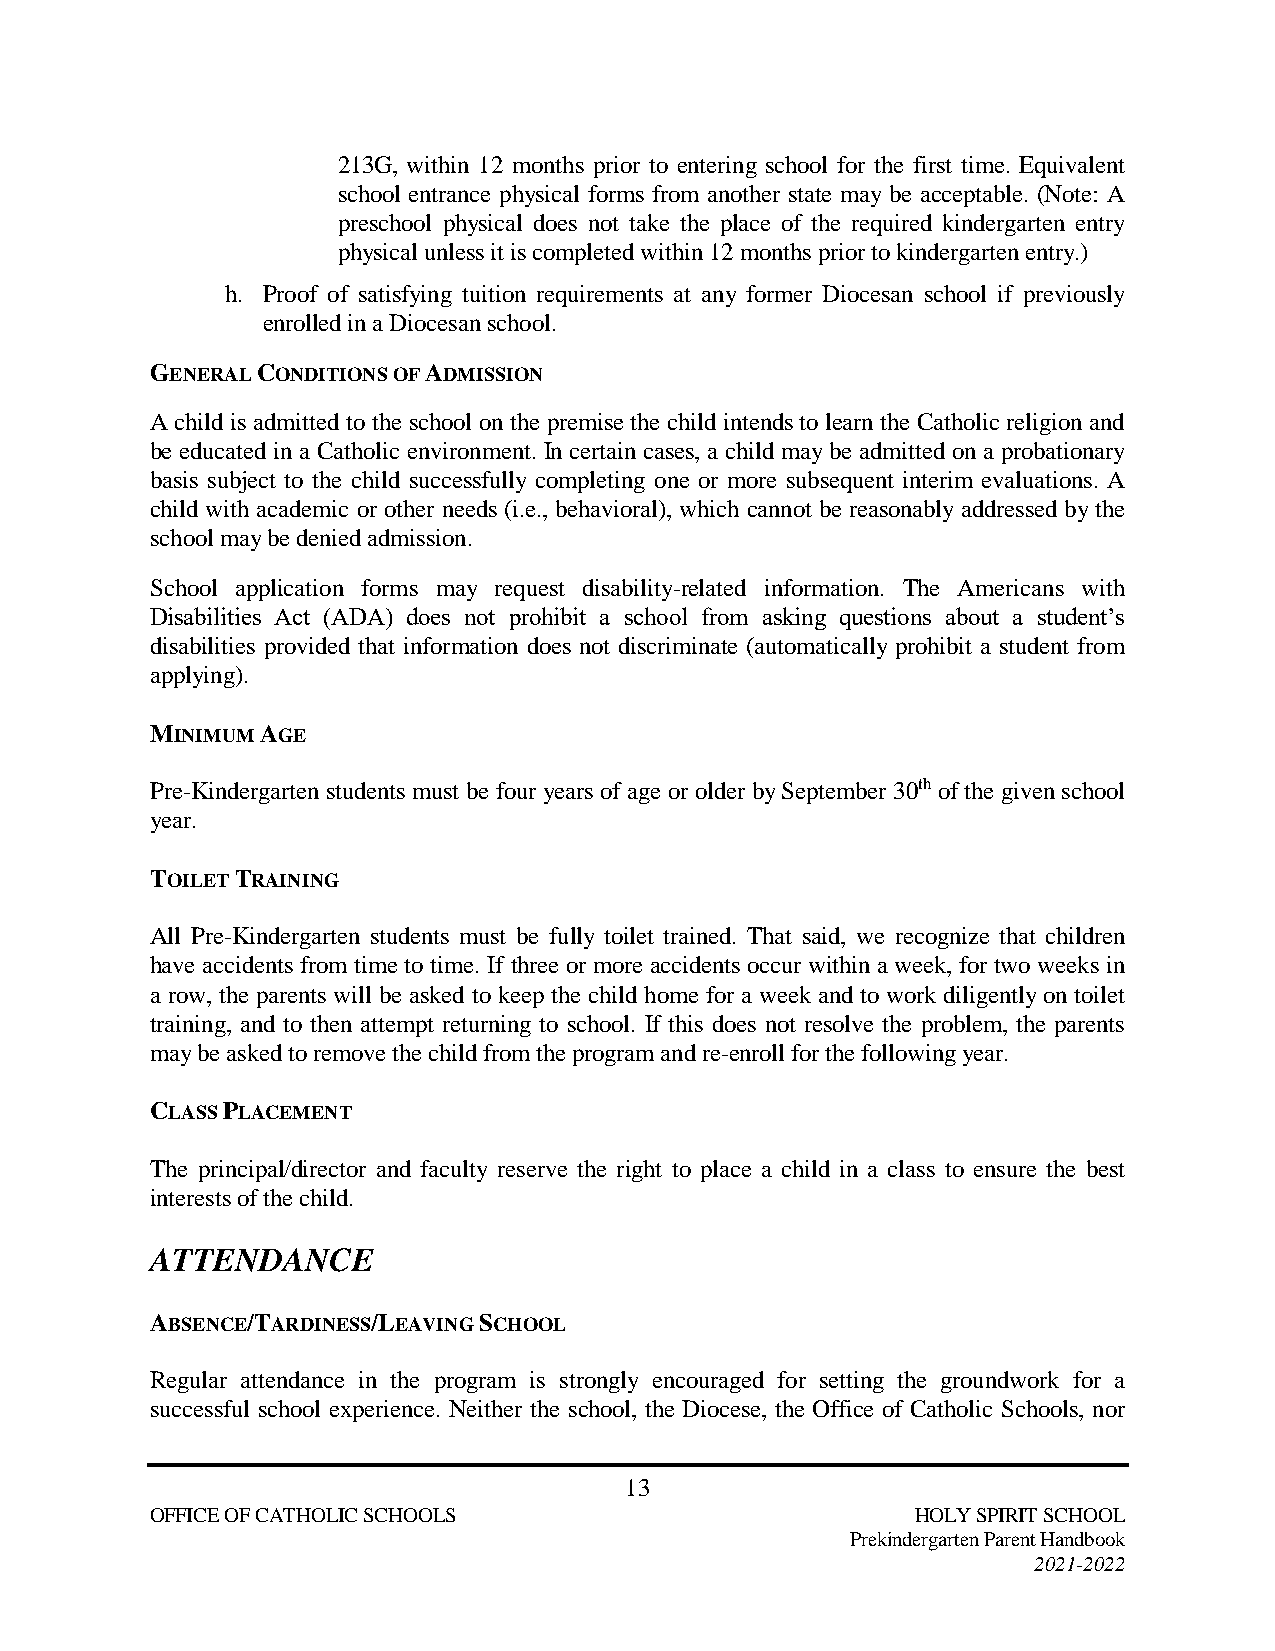
213G, within 12 months prior to entering school for the first time. Equivalent
 school entrance physical forms from another state may be acceptable. (Note: A
 preschool physical does not take the place of the required kindergarten entry
 physical unless it is completed within 12 months prior to kindergarten entry.)
 h. Proof of satisfying tuition requirements at any former Diocesan school if previously
 enrolled in a Diocesan school.
 GENERAL CONDITIONS OF ADMISSION
 A child is admitted to the school on the premise the child intends to learn the Catholic religion and
 be educated in a Catholic environment. In certain cases, a child may be admitted on a probationary
 basis subject to the child successfully completing one or more subsequent interim evaluations. A
 child with academic or other needs (i.e., behavioral), which cannot be reasonably addressed by the
 school may be denied admission.
 School application forms may request disability-related information. The Americans with
 Disabilities Act (ADA) does not prohibit a school from asking questions about a student’s
 disabilities provided that information does not discriminate (automatically prohibit a student from
 applying).
 MINIMUM AGE
 Pre-Kindergarten students must be four years of age or older by September 30th of the given school
 year.
 TOILET TRAINING
 All Pre-Kindergarten students must be fully toilet trained. That said, we recognize that children
 have accidents from time to time. If three or more accidents occur within a week, for two weeks in
 a row, the parents will be asked to keep the child home for a week and to work diligently on toilet
 training, and to then attempt returning to school. If this does not resolve the problem, the parents
 may be asked to remove the child from the program and re-enroll for the following year.
 CLASS PLACEMENT
 The principal/director and faculty reserve the right to place a child in a class to ensure the best
 interests of the child.
 ATTENDANCE
 ABSENCE/TARDINESS/LEAVING SCHOOL
 Regular attendance in the program is strongly encouraged for setting the groundwork for a
 successful school experience. Neither the school, the Diocese, the Office of Catholic Schools, nor
 13
 OFFICE OF CATHOLIC SCHOOLS                         HOLY SPIRIT SCHOOL
 Prekindergarten Parent Handbook
 2021-2022